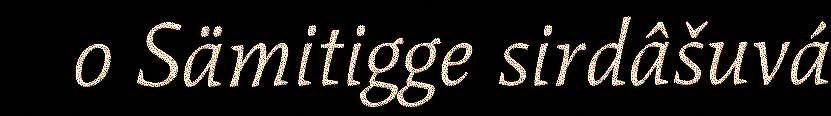
o Sämitigge sirdâšuvá